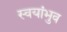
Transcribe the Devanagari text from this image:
स्वयांभुव